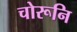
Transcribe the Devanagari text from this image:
चोरूनि